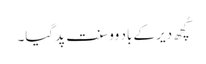
کُچھ دیر کے باد وو سنت پد گیا۔